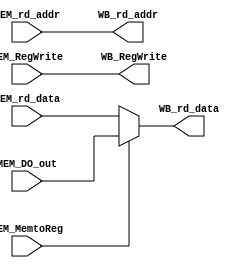
module WB (MEM_MemtoReg,MEM_RegWrite,MEM_rd_data,MEM_rd_addr,MEM_DO_out,
WB_RegWrite,WB_rd_addr,WB_rd_data);
input wire MEM_MemtoReg,MEM_RegWrite;
input [4:0] MEM_rd_addr;
input [31:0] MEM_rd_data,MEM_DO_out;
output WB_RegWrite;
output [4:0] WB_rd_addr;
output [31:0] WB_rd_data;
assign WB_rd_data = (MEM_MemtoReg == 1'b0)? MEM_rd_data:MEM_DO_out;
assign WB_rd_addr = MEM_rd_addr;
assign WB_RegWrite = MEM_RegWrite;
endmodule